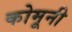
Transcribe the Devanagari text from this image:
कोमूनी